Civil Veterinary Dept. Bombay admin report 1923-31 - 1923-1931
Year: 1923
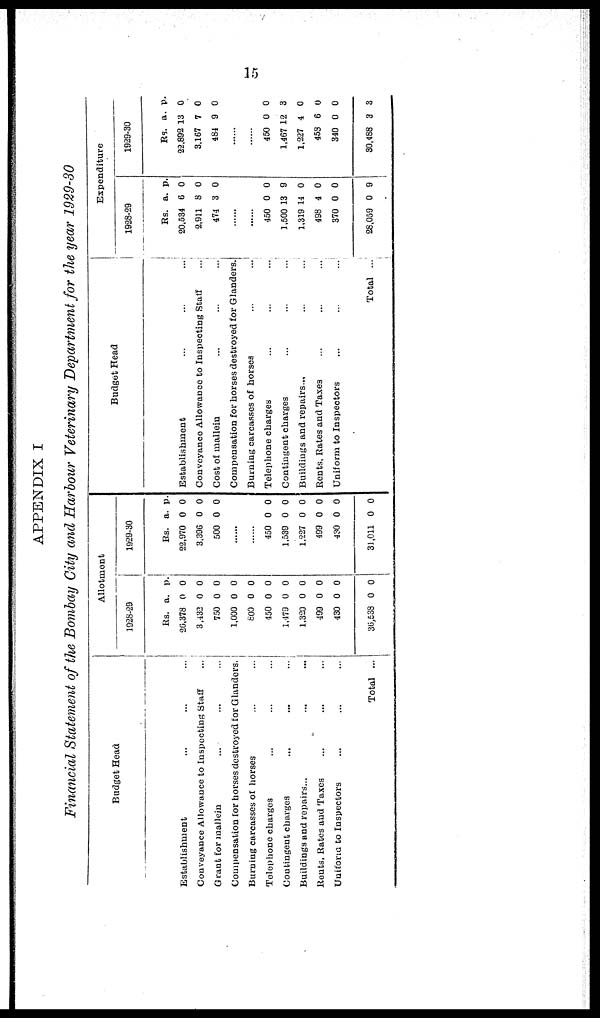
15
APPENDIX I
Financial Statement of the Bombay City and Harbour Veterinary Department for the year 1929-30
Budget Head
Establishment ... ... ...
Conveyance Allowance to Inspecting Staff ...
Grant for mallein ... ... ...
Compensation for horses destroyed for Glanders.
Burning carcasses of horses ... ...
Telephone charges ... ...
Contingent charges ... ... ...
Buildings and repairs... ... ...
Rents, Rates and Taxes ... ...
Uniform to Inspectors ... ... ...
Total ...
Allotment
1928-29
Rs.
26,378
3,432
750
1,000
800
450
1,479
1,320
499
430
36,538
a.
0
0
0
0
0
0
0
0
0
0
0
p.
0
0
0
0
0
0
0
0
0
0
0
1929-30
Rs.
22,970
3,396
500
a.
0
0
0
p.
0
0
0
......
......
450
1,539
1,227
499
430
31,011
0
0
0
0
0
0
0
0
0
0
0
0
Budget Head
Establishment ... ... ...
Conveyance Allowance to Inspecting Staff ...
Cost of mallein ... ... ...
Compensation for horses destroyed for Glanders
Burning carcasses of horses ... ...
Telephone charges ... ... ...
Contingent charges ... ... ...
Buildings and repairs ... ... ...
Rents, Rates and Taxes ... ... ...
Uniform to Inspectors ... ... ...
Total ...
Expenditure.
1928-29
Rs.
20,534
2,911
474
a.
6
8
3
p.
0
0
0
......
......
450
1,500
1,319
498
370
28,059
0
13
14
4
0
0
0
9
0
0
0
9
1929-30
Rs.
22,892
3,167
484
a.
13
7
9
p.
0
0
0
......
......
450
1,467
1,227
453
340
30,488
0
12
4
6
0
3
0
3
0
0
0
3